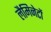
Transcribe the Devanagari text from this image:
लैमिनेटों